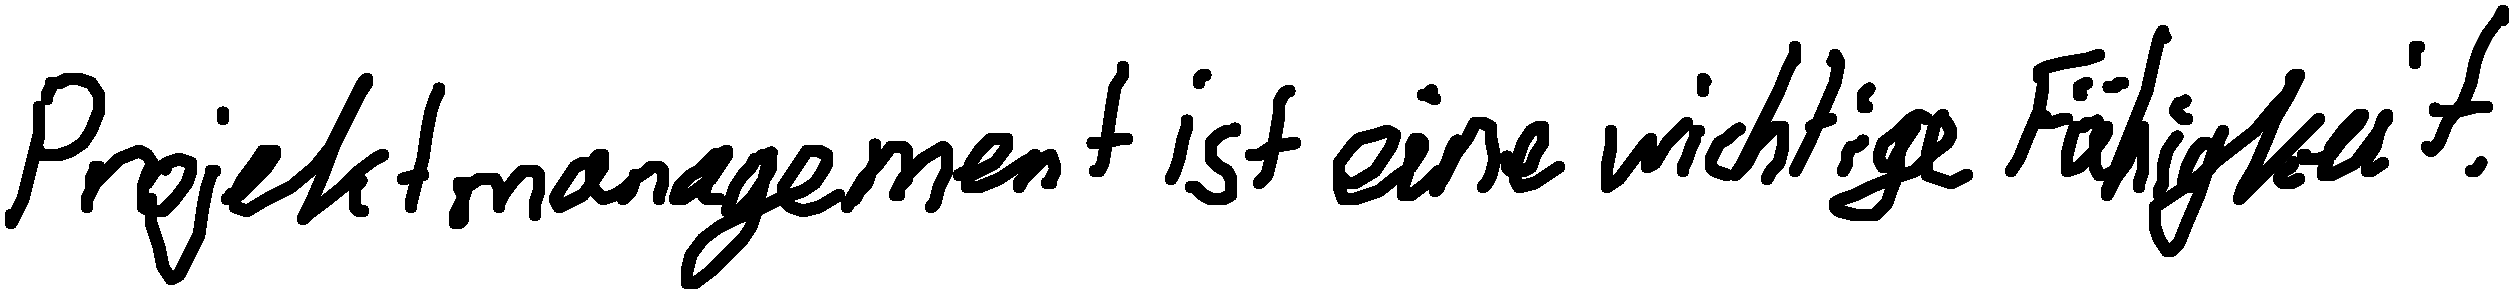
Projektmanagement ist eine wichtige Fähigkeit.